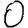
Digit: 0